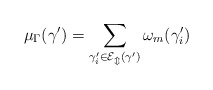
\begin{align*}\mu_\Gamma(\gamma') = \sum_{\gamma'_i \in \cal E_m(\gamma')}\omega_{m}(\gamma'_i)\end{align*}